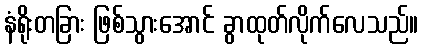
နံရိုးတခြား ဖြစ်သွားအောင် ခွာထုတ်လိုက်လေသည်။